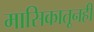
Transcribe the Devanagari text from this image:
मासिकातूनही